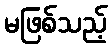
မဖြစ်သည့်